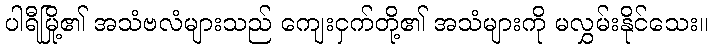
ပါရီမြို့၏ အသံဗလံများသည် ကျေးငှက်တို့၏ အသံများကို မလွှမ်းနိုင်သေး။